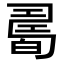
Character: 𤾊